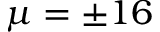
\mu = \pm 1 6